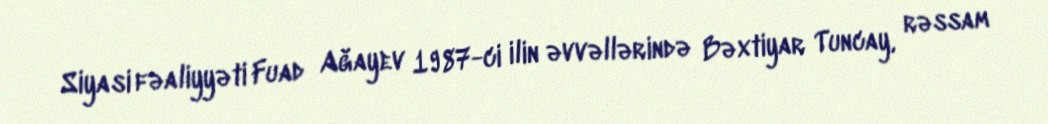
Siyasi fəaliyyəti Fuad Ağayev 1987-ci ilin əvvəllərində Bəxtiyar Tuncay, rəssam